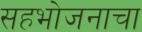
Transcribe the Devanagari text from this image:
सहभोजनाचा